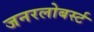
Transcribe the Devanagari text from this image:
जनरलोबर्स्ट